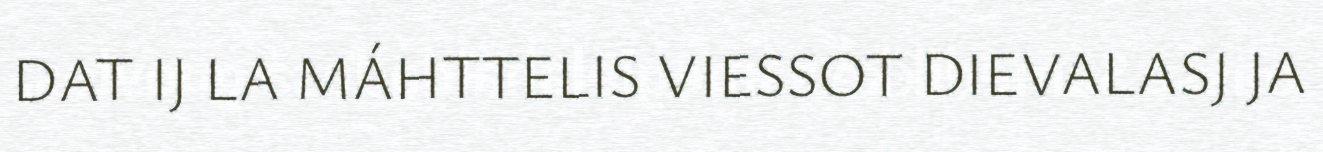
DAT IJ LA MÁHTTELIS VIESSOT DIEVALASJ JA